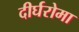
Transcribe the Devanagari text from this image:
दीर्घरोमा